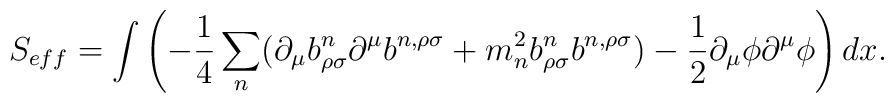
S_{eff} = \int\left( -\frac{1}{4}\sum_n(\partial_{\mu}b^n_{\rho\sigma}\partial^{\mu}b^{n,\rho\sigma}+{m_n^{2}} b^n_{\rho\sigma}b^{n,\rho\sigma})-\frac{1}{2} \partial_{\mu}\phi \partial^{\mu}\phi\right) dx.